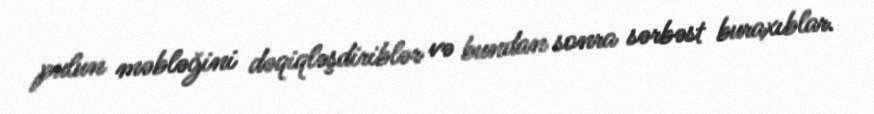
pulun məbləğini dəqiqləşdiriblər və bundan sonra sərbəst buraxıblar.